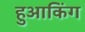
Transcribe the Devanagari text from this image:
हुआकिंग